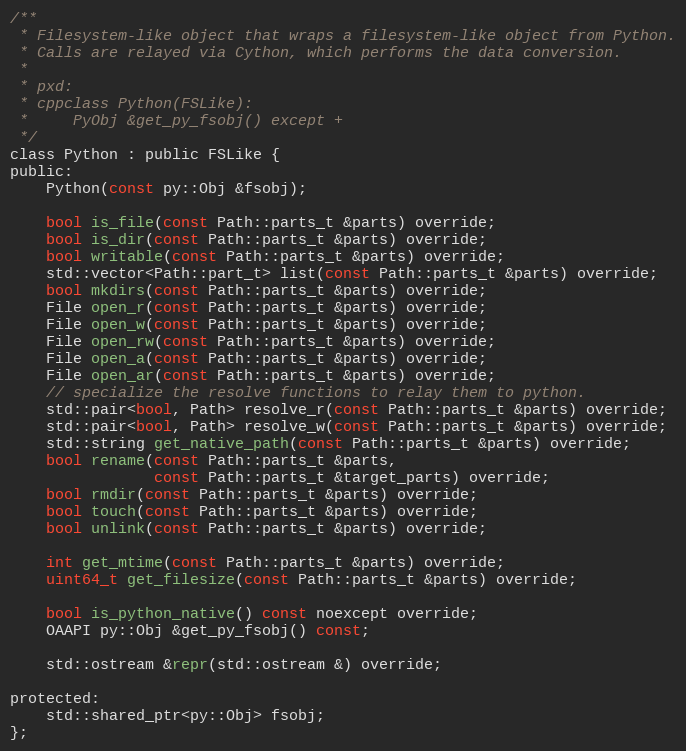
Language: C
/**
 * Filesystem-like object that wraps a filesystem-like object from Python.
 * Calls are relayed via Cython, which performs the data conversion.
 *
 * pxd:
 * cppclass Python(FSLike):
 *     PyObj &get_py_fsobj() except +
 */
class Python : public FSLike {
public:
	Python(const py::Obj &fsobj);

	bool is_file(const Path::parts_t &parts) override;
	bool is_dir(const Path::parts_t &parts) override;
	bool writable(const Path::parts_t &parts) override;
	std::vector<Path::part_t> list(const Path::parts_t &parts) override;
	bool mkdirs(const Path::parts_t &parts) override;
	File open_r(const Path::parts_t &parts) override;
	File open_w(const Path::parts_t &parts) override;
	File open_rw(const Path::parts_t &parts) override;
	File open_a(const Path::parts_t &parts) override;
	File open_ar(const Path::parts_t &parts) override;
	// specialize the resolve functions to relay them to python.
	std::pair<bool, Path> resolve_r(const Path::parts_t &parts) override;
	std::pair<bool, Path> resolve_w(const Path::parts_t &parts) override;
	std::string get_native_path(const Path::parts_t &parts) override;
	bool rename(const Path::parts_t &parts,
	            const Path::parts_t &target_parts) override;
	bool rmdir(const Path::parts_t &parts) override;
	bool touch(const Path::parts_t &parts) override;
	bool unlink(const Path::parts_t &parts) override;

	int get_mtime(const Path::parts_t &parts) override;
	uint64_t get_filesize(const Path::parts_t &parts) override;

	bool is_python_native() const noexcept override;
	OAAPI py::Obj &get_py_fsobj() const;

	std::ostream &repr(std::ostream &) override;

protected:
	std::shared_ptr<py::Obj> fsobj;
};